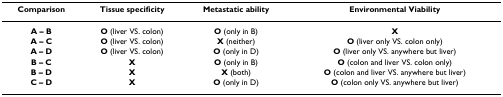
| Comparison | Tissue specificity | Metastatic ability | Environmental Viability |
 | --- | --- | --- | --- |
 | A – B | O (liver VS. colon) | O (only in B) | X |
 | A – C | O (liver VS. colon) | X (neither) | O (liver only VS. colon only) |
 | A – D | O (liver VS. colon) | O (only in D) | O (liver only VS. anywhere but liver) |
 | B – C | X | O (only in B) | O (colon and liver VS. colon only) |
 | B – D | X | X (both) | O (colon and liver VS. anywhere but liver) |
 | C – D | X | O (only in D) | O (colon only VS. anywhere but liver) |